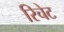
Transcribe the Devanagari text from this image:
रिचेट